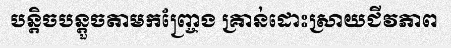
បន្តិចបន្តួចតាមកញ្ច្រែង គ្រាន់ដោះស្រាយជីវភាព